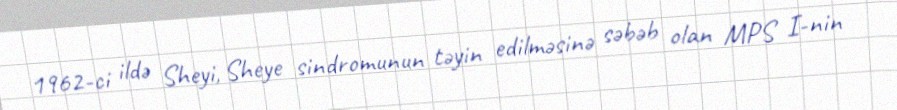
1962-ci ildə Sheyi, Sheye sindromunun təyin edilməsinə səbəb olan MPS I-nin